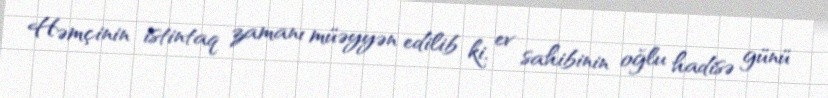
Həmçinin istintaq zamanı müəyyən edilib ki, ev sahibinin oğlu hadisə günü